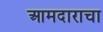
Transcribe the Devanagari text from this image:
आमदाराचा